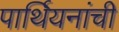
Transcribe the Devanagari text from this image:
पार्थियनांची